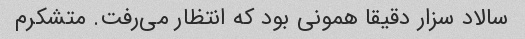
سالاد سزار دقیقا همونی بود که انتظار می‌رفت. متشکرم